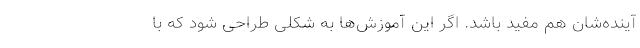
آینده‌شان هم مفید باشد. اگر این آموزش‌ها به شکلی طراحی شود که با